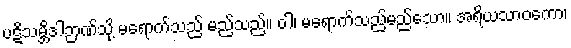
ပဋိသမ္ဘိဒါဉာဏ်သို့ မရောက်သည် မည်သည်။ ဝါ၊ မရောက်သည်မည်သော။ အရိယသာဝကော၊